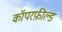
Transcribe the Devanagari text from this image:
कॉपरफ़ील्ड